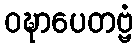
ဝဍ္ဎာပေတဗ္ဗံ